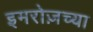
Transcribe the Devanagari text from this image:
इमरोज़च्या